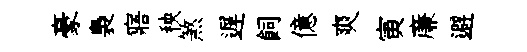
豪裊寤秧煞遅飼億爽寅亷避